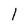
Character: 1